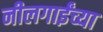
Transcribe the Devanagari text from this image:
नीलगाईंच्या